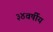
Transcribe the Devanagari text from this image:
३४वर्षीय